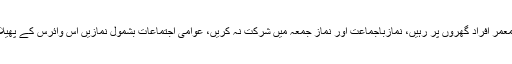
فتویٰ میں کہا گیا ہے کہ معمر افراد گھروں پر رہیں، نمازباجماعت اور نماز جمعہ میں شرکت نہ کریں، عوامی اجتماعات بشمول نمازیں اس وائرس کے پھیلاﺅ کا باعث بن سکتے ہیں۔